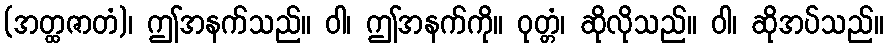
(အတ္ထဇာတံ)၊ ဤအနက်သည်။ ဝါ၊ ဤအနက်ကို။ ဝုတ္တံ၊ ဆိုလိုသည်။ ဝါ၊ ဆိုအပ်သည်။